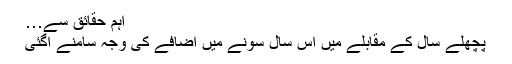
اہم حقائق سے…
پچھلے سال کے مقابلے میں اس سال سونے میں اضافے کی وجہ سامنے آگئی